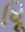
ધૂિ